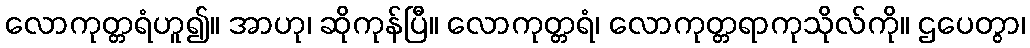
လောကုတ္တရံဟူ၍။ အာဟု၊ ဆိုကုန်ပြီ။ လောကုတ္တရံ၊ လောကုတ္တရာကုသိုလ်ကို။ ဌပေတွာ၊